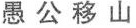
愚公移山